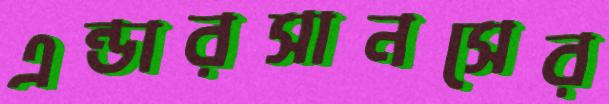
এন্ডারসানসের